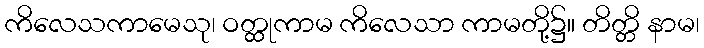
ကိလေသကာမေသု၊ ဝတ္ထုကာမ ကိလေသာ ကာမတို့၌။ တိတ္တိ နာမ၊